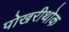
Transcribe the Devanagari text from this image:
पोखरीथोक